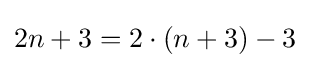
2n+3=2\cdot (n+3)-3